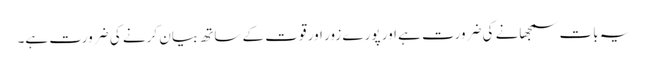
یہ بات سمجھانے کی ضرورت ہے اور پورے زور اور قوت کے ساتھ بیان کرنے کی ضرورت ہے۔